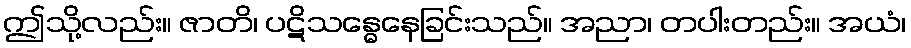
ဤသို့လည်း။ ဇာတိ၊ ပဋိသန္ဓေနေခြင်းသည်။ အညာ၊ တပါးတည်း။ အယံ၊